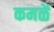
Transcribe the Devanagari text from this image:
कमळें